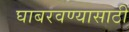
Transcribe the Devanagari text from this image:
घाबरवण्यासाठी